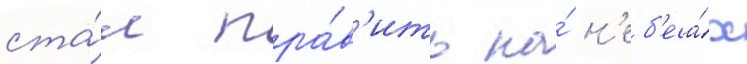
ста́л пра́в'ить на́ н'еб'еса́х